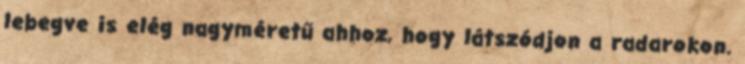
lebegve is elég nagyméretű ahhoz, hogy látszódjon a radarokon.